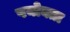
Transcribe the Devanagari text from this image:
पयोक्ता